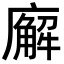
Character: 廨